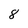
Character: 8